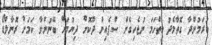
ކުރަމުންދާ ގޮތާމެދު ހިތްހަމަ ނުޖެހިގެން ސްޕެއިން ދޫކޮށް ދިޔުމަށް ބޭނުންވާ ކަމަށް ރޮނާލްޑޯ